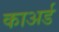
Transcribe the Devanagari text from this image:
काअर्ड